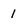
Character: 1